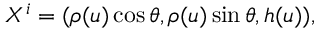
X ^ { i } = ( \rho ( u ) \cos \theta , \rho ( u ) \sin \theta , h ( u ) ) ,